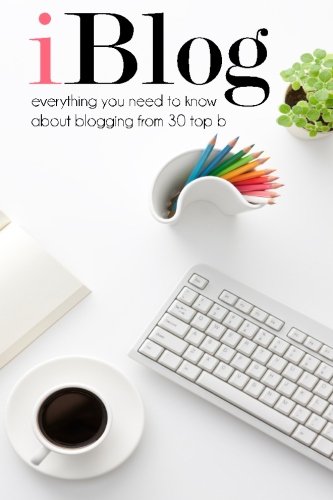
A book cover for iBlog: Everything you need to know about blogging from 30 top bloggers (Volume 1); Amy Stults; Computers & Technology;